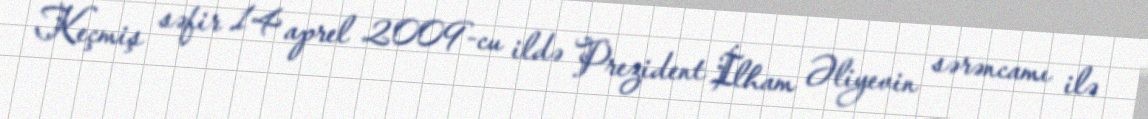
Keçmiş səfir 14 aprel 2009-cu ildə Prezident İlham Əliyevin sərəncamı ilə